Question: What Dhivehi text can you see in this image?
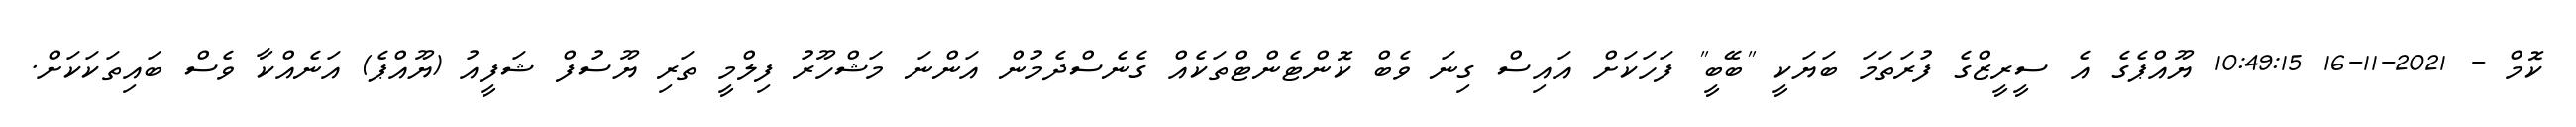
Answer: ކޮމް - 2021-11-16 10:49:15 ޔޫއްޕެގެ އެ ސީރީޒްގެ ފުރަތަމަ ބަޔަކީ "ބޭބީ" ފަހަކަށް އައިސް ގިނަ ވެބް ކޮންޓެންޓްތަކެއް ގެނެސްދެމުން އަންނަ މަޝްހޫރު ފިލްމީ ތަރި ޔޫސުފް ޝަފީއު (ޔޫއްޕެ) އަނެއްކާ ވެސް ބައިތަކަކަށް.